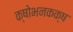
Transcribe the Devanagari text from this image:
क्षोभनकक्ष